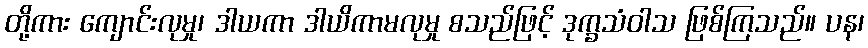
တို့ကား ကျောင်းလုမှု၊ ဒါယကာ ဒါယိကာမလုမှု စသည်ဖြင့် ဒုက္ခသံဝါသ ဖြစ်ကြသည်။ ပန၊